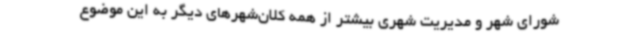
شورای شهر و مدیریت شهری بیشتر از همه کلان‌شهرهای دیگر به این موضوع